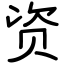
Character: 资